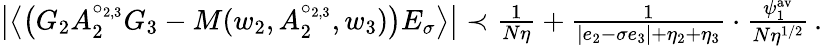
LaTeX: \begin{array}{r}{\big\vert\big\langle\big(G_{2}A_{2}^{\circ_{2,3}}G_{3}-M(w_{2},A_{2}^{\circ_{2,3}},w_{3})\big)E_{\sigma}\big\rangle\big\vert\prec\frac{1}{N\eta}+\frac{1}{|e_{2}-\sigma e_{3}|+\eta_{2}+\eta_{3}}\cdot\frac{\psi_{1}^{\mathrm{av}}}{N\eta^{1/2}}\, .}\end{array}